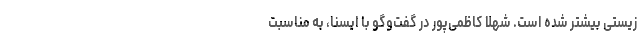
زیستی بیشتر شده است. شهلا کاظمی‌پور در گفت‌وگو با ایسنا، به مناسبت